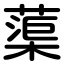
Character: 蕖